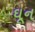
ઘૂન